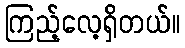
ကြည့်လေ့ရှိတယ်။